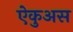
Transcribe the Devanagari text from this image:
ऐकुअस